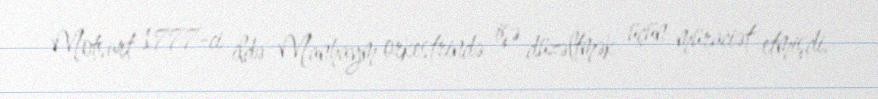
Motsart 1777-ci ildə Manhaym orkestrində işə düzəltmək üçün müraciət etmişdi,